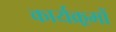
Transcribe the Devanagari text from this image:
कार्यक्र्रमों